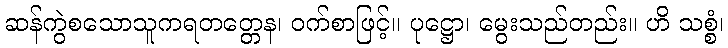
ဆန်ကွဲစသောသူကရတတ္တေန၊ ဝက်စာဖြင့်။ ပုဋ္ဌော၊ မွေးသည်တည်း။ ဟိ သစ္စံ၊